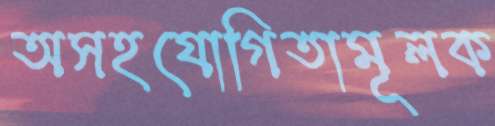
অসহযোগিতামূলক